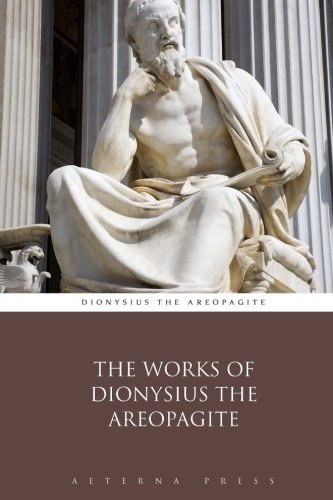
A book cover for The Works of Dionysius the Areopagite; Dionysius the Areopagite; Christian Books & Bibles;